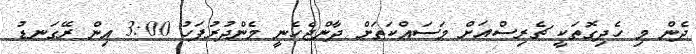
ދެން މި ހެދިގޮތަކީ ޗެރިސްއަށް މަސައްކަތަށް ދާންޖެހެނީ މެންދުރުފަހު 3:00 އިން ރޭގަނޑު